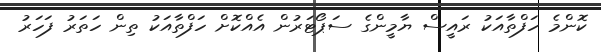
ކޮންމެ ހަފްތާއަކު ރައީސް ޔާމީންގެ ސަޕޯޓަރުން އެއްކޮށް ހަފްތާއަކު ތިން ހަތަރު ފަހަރު